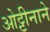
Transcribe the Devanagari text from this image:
ओट्टीनाने